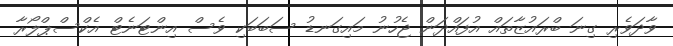
ވާދަވެރި ގިނަ ބްރައުޒާތައް އުފައްދަން ޖެހުނު މައިގަނޑު ސަބަބަކި ވެސް އިންޓަނެޓް އެކްސްޕްލޯރާ